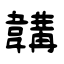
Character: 韝